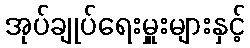
အုပ်ချုပ်ရေးမှူးများနှင့်